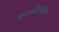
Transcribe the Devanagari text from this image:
स्टाइलिस्टिक्स